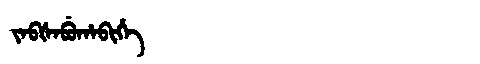
Manchu: ᠵᠠᠪᡧᠠᠪᡠᡥᠠᠪᡳᡥᡝ
Romanization: JABŠABUHABIHE